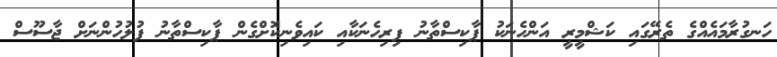
ހަނގުރާމައެއްގެ ތެރޭގައި ކަޝްމީރީ އަންހެނަކު ޕާކިސްތާނު ފިރިހެނަކާއި ކައިވެނިކޮށްގެން ޕާކިސްތާނު ފުލުހުންނަށް ޖާސޫސް